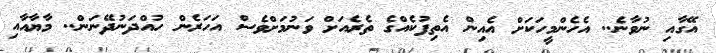
އޭގާއި ނުވާނެ.. އެހެންމީހަކަށް އެއިން އެތިފުކެއްގެ ތެރެއަށް ވަނުމަށްވެސް އަހަރެން ހުއްދަނުދޭނަން.. މާޔާއާއި